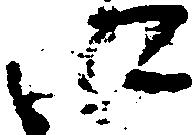
に